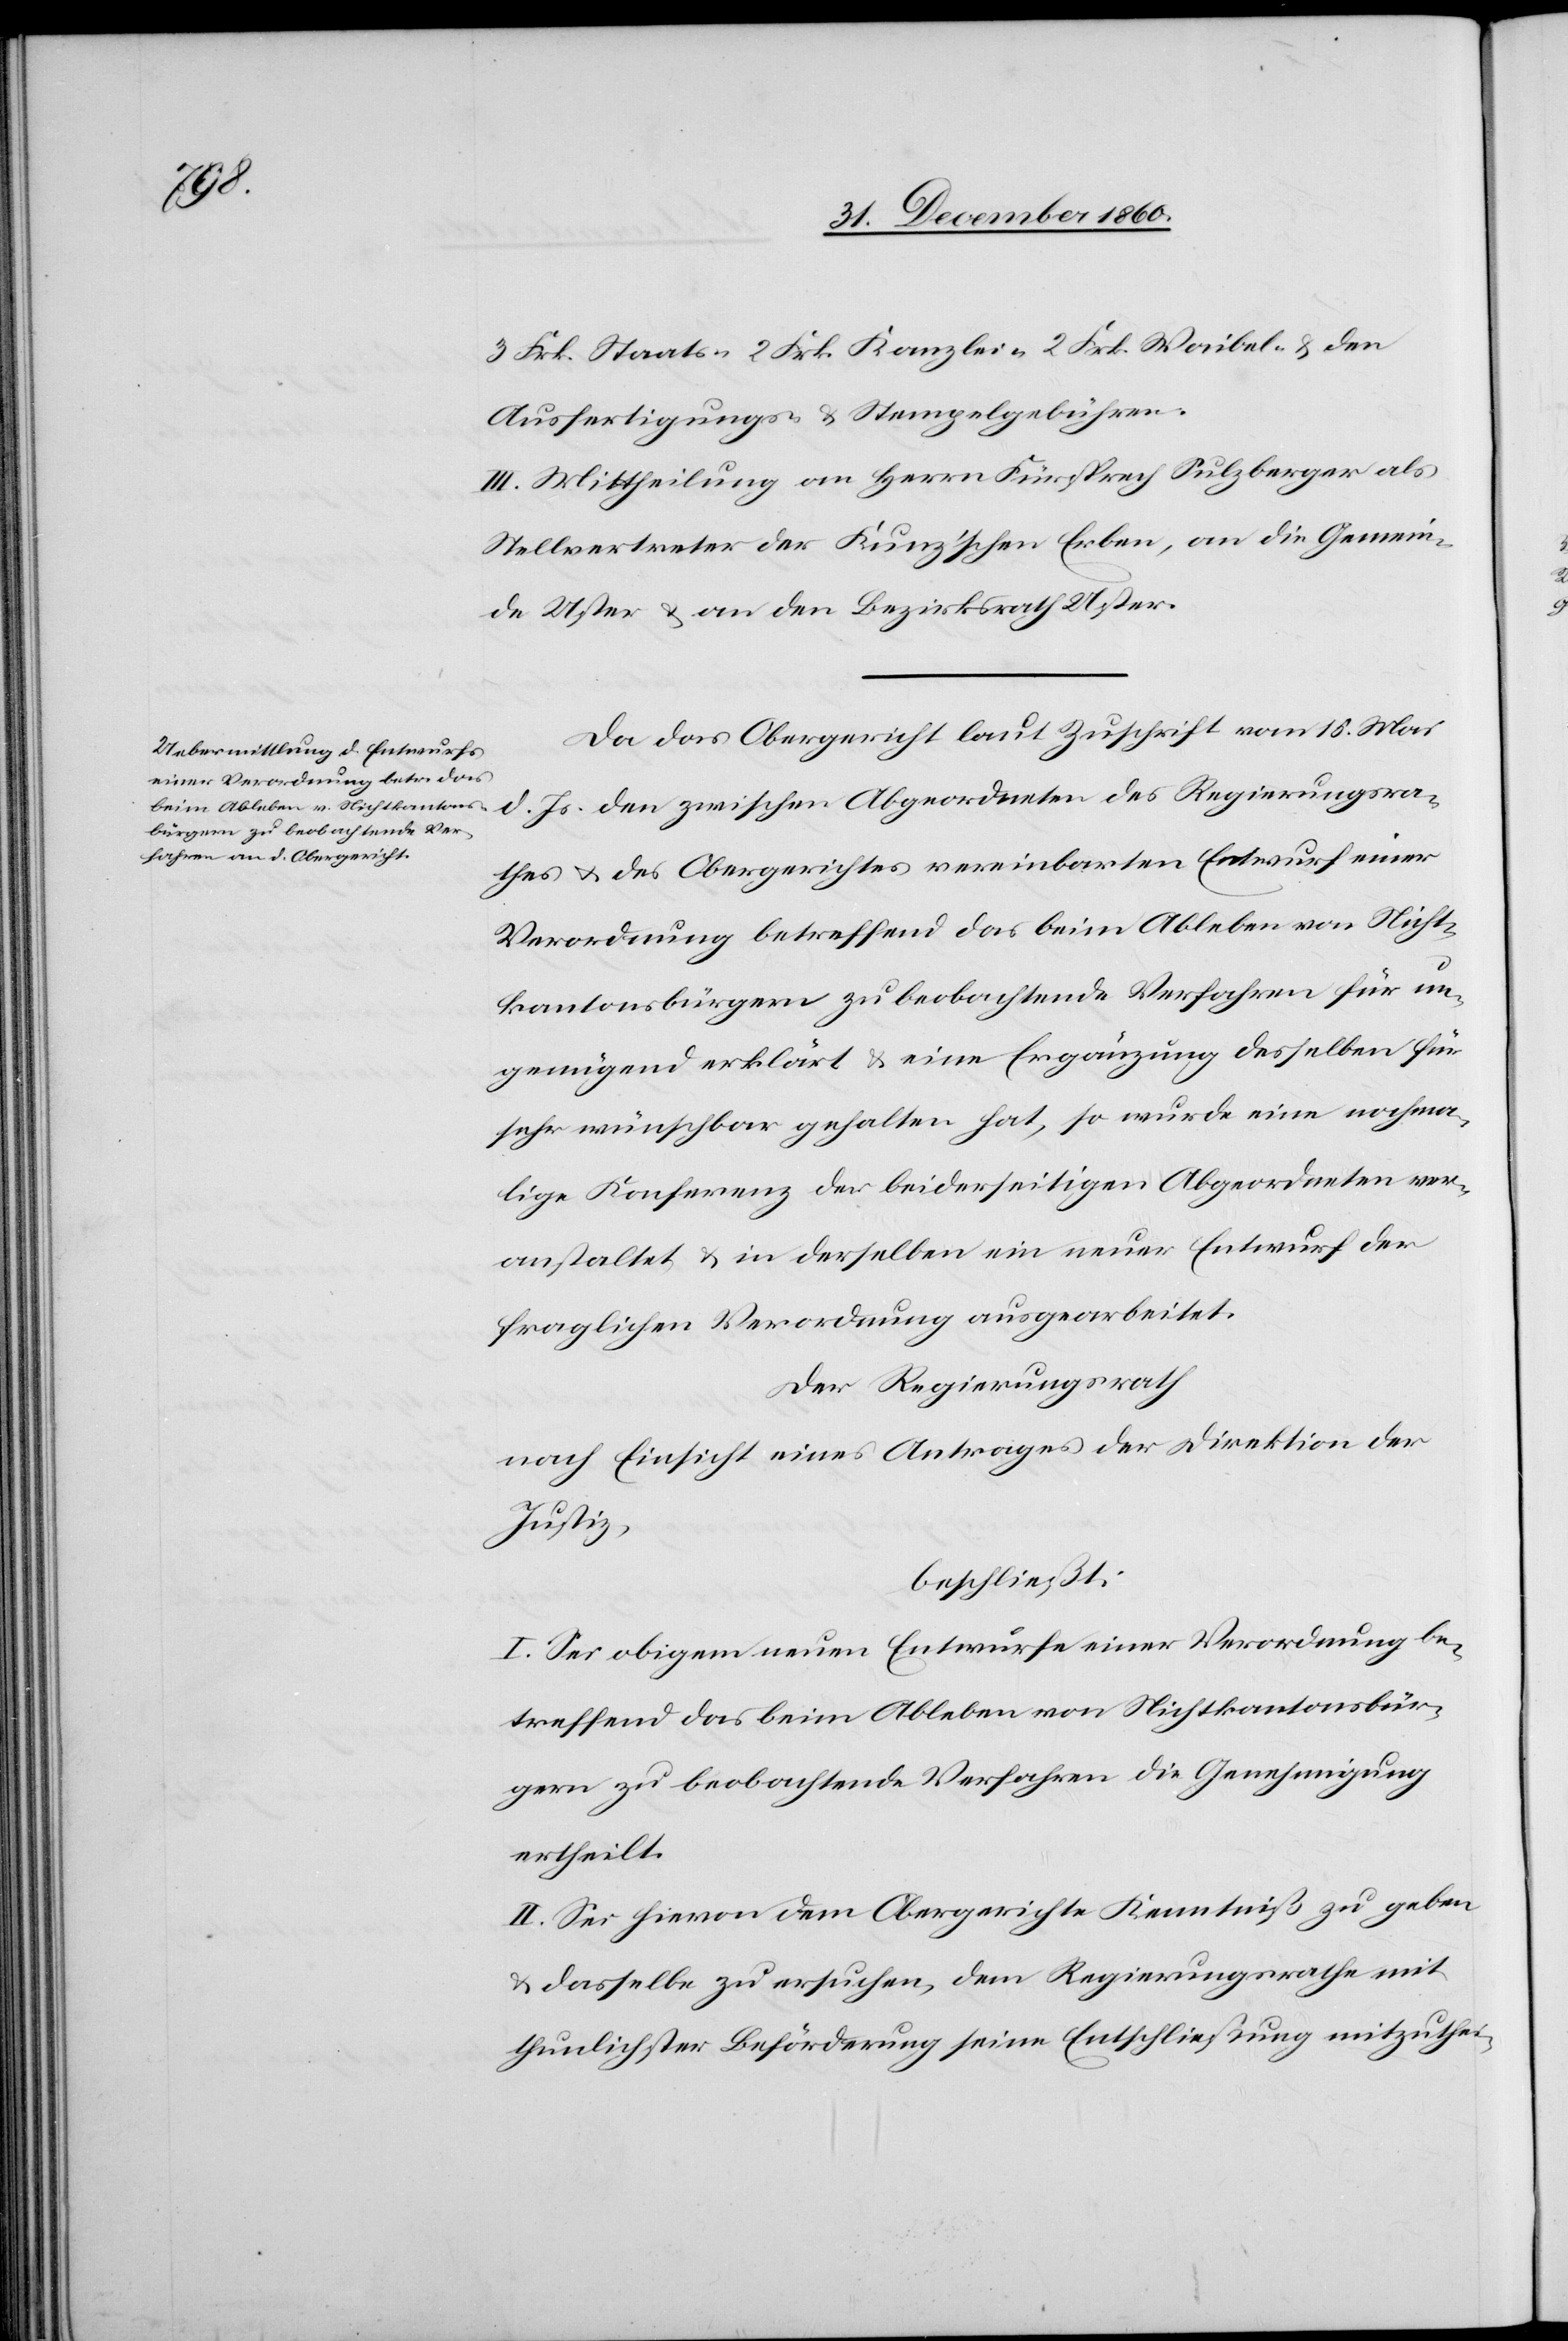
Js.
3 Frk. Staats-[,] 2 Frk. Kanzlei-[,] 2 Frk. Waibel- u. den
Ausfertigungs- u. Stempelgebühren.
III. Mittheilung an Herrn Fürsprech Sulzberger als
Stellvertreter der Kunz’schen Erben, an die Gemein¬
de Uster u. an den Bezirksrath Uster.
Da das Obergericht laut Zuschrift vom 15. Mai
es u. des Obergerichtes vereinbarten Entwurf einer
Verordnung betreffend das beim Ableben von Nicht¬
kantonsbürgern zu beobachtende Verfahren für un¬
genügend erklärt u. eine Ergänzung desselben für
sehr wünschbar gehalten hat, so wurde eine nochma¬
lig Konferenz der beiderseitigen Abgeordneten ver¬
anstaltet u. in derselben ein neuer Entwurf der
fraglichen Verordnung ausgearbeitet.
Der Regierungsrath
nach Einsicht eines Antrages der Direktion der
Justiz,
beschließt:
I. Sei obigem neuen Entwurfe einer Verordnung be¬
treffend das beim Ableben von Nichtkantonsbür¬
gern zu beobachtende Verfahren die Genehmigung
ertheilt.
II. Sei hievon dem Obergerichte Kenntniß zu geben
u. dasselbe zu ersuchen, dem Regierungsrathe mit
thunlichster Beförderung seine Entschließung mitzuthei-